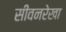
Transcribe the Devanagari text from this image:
सीवनरेखा